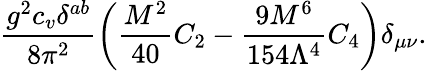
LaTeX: \frac{g^{2}c_{v}\delta^{ab}}{8\pi^{2}}\left(\frac{M^{2}}{40}C_{2}-\frac{9M^{6}}{154\Lambda^{4}}C_{4}\right)\delta_{\mu\nu}.